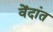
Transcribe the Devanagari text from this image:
वेंदांत